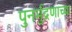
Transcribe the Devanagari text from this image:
पुनर्मुद्रणाच्या